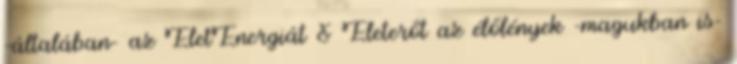
-általában- az ÉletEnergiát & Életerőt az élőlények -magukban is-